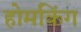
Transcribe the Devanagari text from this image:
होमकिंग